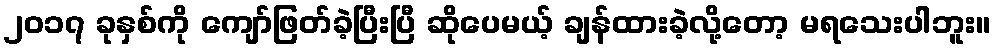
၂၀၁၇ ခုနှစ်ကို ကျော်ဖြတ်ခဲ့ပြီးပြီ ဆိုပေမယ့် ချန်ထားခဲ့လို့တော့ မရသေးပါဘူး။